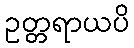
ဥတ္တရာယပိ